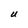
Character: U